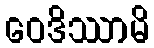
ဝေဒိဿာမိ